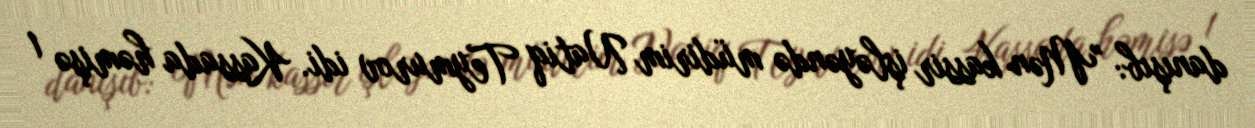
danışıb: "Mən kassir işləyəndə müdirim Natiq Teymurov idi. Kassada həmişə 1